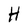
Character: H